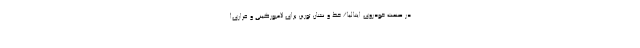
در صنعت خودروی ایتالیا/ خط و نشان تورین برای لامبورگینی و فراری!